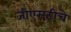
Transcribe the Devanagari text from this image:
जीएसटीचे